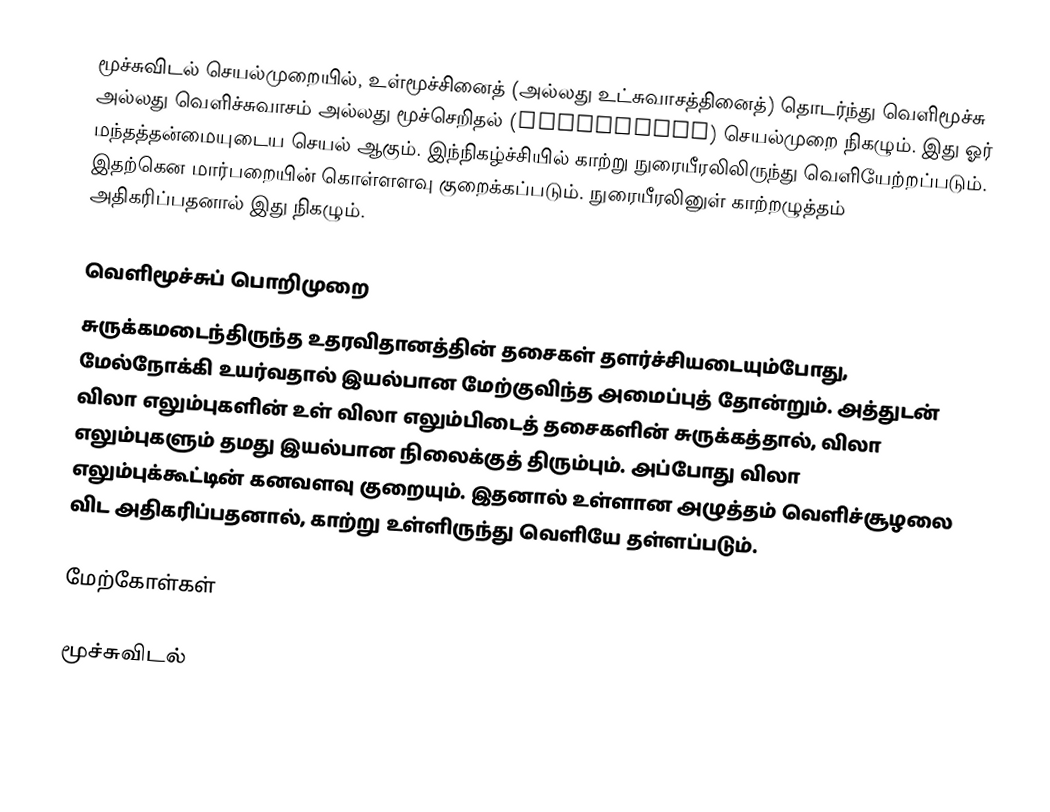
மூச்சுவிடல் செயல்முறையில், உள்மூச்சினைத் (அல்லது உட்சுவாசத்தினைத்) தொடர்ந்து வெளிமூச்சு அல்லது வெளிச்சுவாசம் அல்லது மூச்செறிதல் (Exhalation) செயல்முறை நிகழும். இது ஓர் மந்தத்தன்மையுடைய செயல் ஆகும். இந்நிகழ்ச்சியில் காற்று நுரையீரலிலிருந்து வெளியேற்றப்படும். இதற்கென மார்பறையின் கொள்ளளவு குறைக்கப்படும். நுரையீரலினுள் காற்றழுத்தம் அதிகரிப்பதனால் இது நிகழும்.

வெளிமூச்சுப் பொறிமுறை
சுருக்கமடைந்திருந்த உதரவிதானத்தின் தசைகள் தளர்ச்சியடையும்போது, மேல்நோக்கி உயர்வதால் இயல்பான மேற்குவிந்த அமைப்புத் தோன்றும். அத்துடன் விலா எலும்புகளின் உள் விலா எலும்பிடைத் தசைகளின் சுருக்கத்தால், விலா எலும்புகளும் தமது இயல்பான நிலைக்குத் திரும்பும். அப்போது விலா எலும்புக்கூட்டின் கனவளவு குறையும். இதனால் உள்ளான அழுத்தம் வெளிச்சூழலை விட அதிகரிப்பதனால், காற்று உள்ளிருந்து வெளியே தள்ளப்படும்.

மேற்கோள்கள்

மூச்சுவிடல்